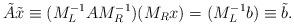
LaTeX: \begin{align*} \tilde{A} \tilde{x} \equiv (M_L^{-1} A M_R^{-1}) (M_R x) = (M_L^{-1} b) \equiv \tilde{b} .\end{align*}